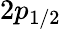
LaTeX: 2p_{1/2}